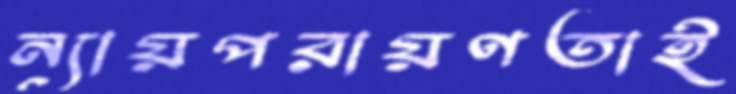
ন্যায়পরায়ণতাই